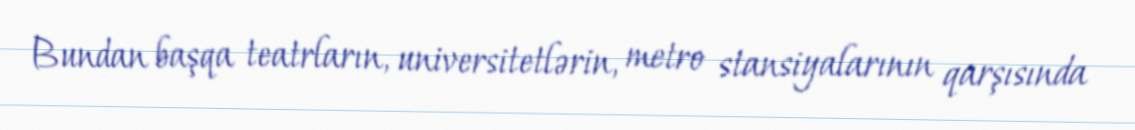
Bundan başqa teatrların, universitetlərin, metro stansiyalarının qarşısında